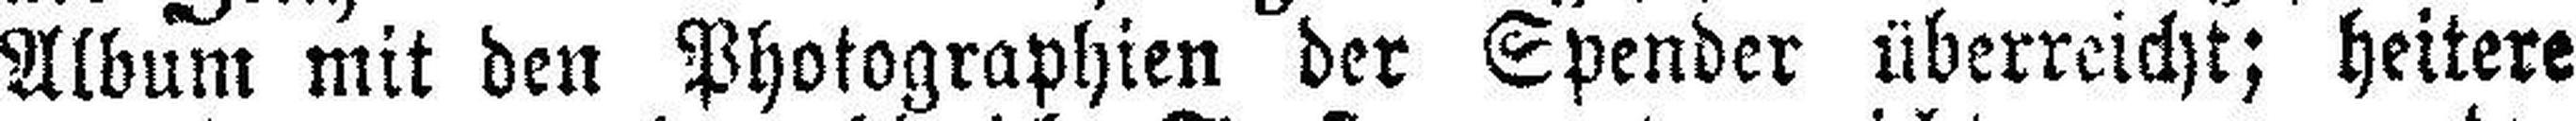
Album mit den Photographien der Spender überreicht; heitere